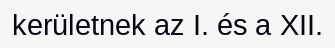
kerületnek az I. és a XII.